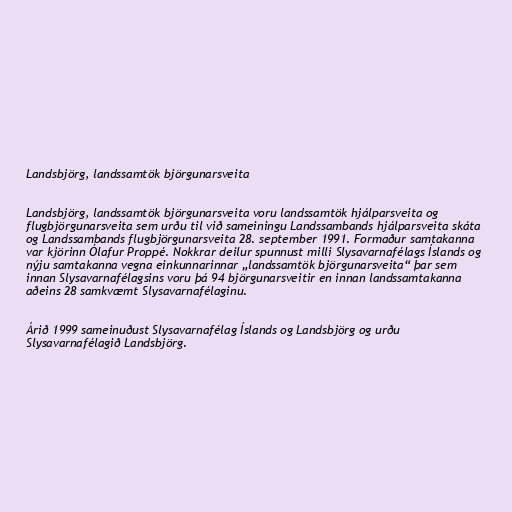
Landsbjörg, landssamtök björgunarsveita

Landsbjörg, landssamtök björgunarsveita voru landssamtök hjálparsveita og
flugbjörgunarsveita sem urðu til við sameiningu Landssambands hjálparsveita skáta
og Landssambands flugbjörgunarsveita 28. september 1991. Formaður samtakanna
var kjörinn Ólafur Proppé. Nokkrar deilur spunnust milli Slysavarnafélags Íslands og
nýju samtakanna vegna einkunnarinnar „landssamtök björgunarsveita“ þar sem
innan Slysavarnafélagsins voru þá 94 björgunarsveitir en innan landssamtakanna
aðeins 28 samkvæmt Slysavarnafélaginu.

Árið 1999 sameinuðust Slysavarnafélag Íslands og Landsbjörg og urðu
Slysavarnafélagið Landsbjörg.